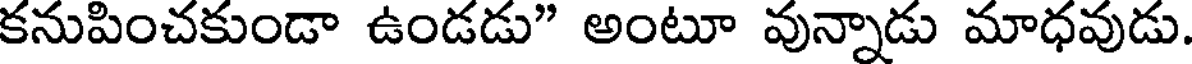
కనుపించకుండా ఉండడు" అంటూ వున్నాడు మాధవుడు.